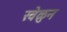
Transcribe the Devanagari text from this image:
खेळुन